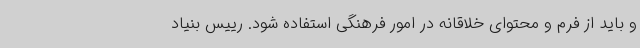
و باید از فرم و محتوای خلاقانه در امور فرهنگی استفاده شود. رییس بنیاد